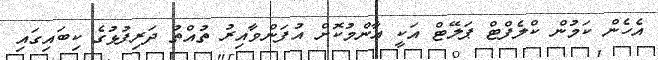
އެހެން ކަމުން ކްލެފްޓް ޕަލޭޓް އަކީ އާންމުކޮށް އުފަންވާއިރު ތުއްތު ދަރިފުޅުގެ ކިބައިގައި